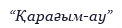
“Қарағым-ау”